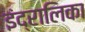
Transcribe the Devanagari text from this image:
इंद्रालिका